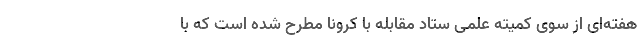
هفته‌ای از سوی کمیته علمی ستاد مقابله با کرونا مطرح شده است که با